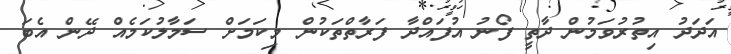
އަދަދު އިތުރުވަމުން ދާތީ ފޯނު އުފައްދާ ފަރާތްތަކުން މިކަމަށް ސަމާލުކަމެއް ދޭން އެބަ